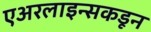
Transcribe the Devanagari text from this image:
एअरलाइन्सकडून